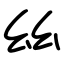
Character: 𢆶